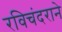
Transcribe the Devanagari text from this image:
रविचंदराने